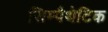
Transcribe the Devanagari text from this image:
सिम्पैथेटिक